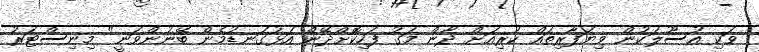
ވަކި އުސޫލަކުން ވިޔަފާރިތައް ކުރިއަށް ދާން މަގު ފަހިކޮށްދޭން އަޅުގަނޑުމެން ބޭނުންވަނީ" މިނިސްޓަރު